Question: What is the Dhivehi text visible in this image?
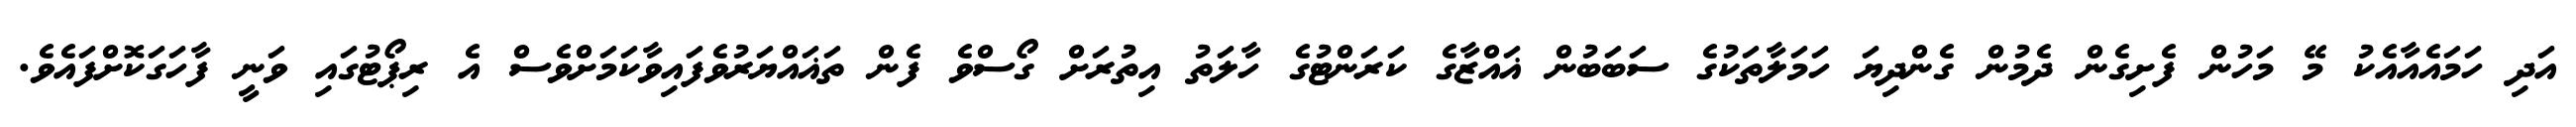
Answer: އަދި ހަމައެއާއެކު މޭ މަހުން ފެށިގެން ދެމުން ގެންދިޔަ ހަމަލާތަކުގެ ސަބަބުން ޣައްޒާގެ ކަރަންޓުގެ ހާލަތު އިތުރަށް ގޯސްވެ ފެން ތަޣައްޔަރުވެފައިވާކަމަށްވެސް އެ ރިޕޯޓުގައި ވަނީ ފާހަގަކޮށްފައެވެ.